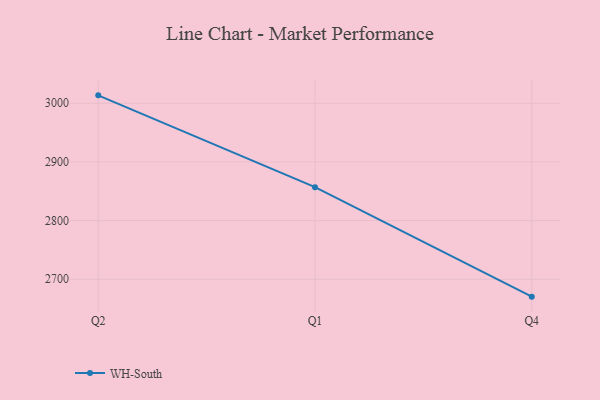
{"axis": {"x": "Quarter", "y": "Latency (ms)"}, "legend": ["WH-South"], "data": [{"x": "Q2", "y": 3013.5, "type": "WH-South"}, {"x": "Q1", "y": 2856.9, "type": "WH-South"}, {"x": "Q4", "y": 2670.3, "type": "WH-South"}]}